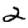
Digit: 2